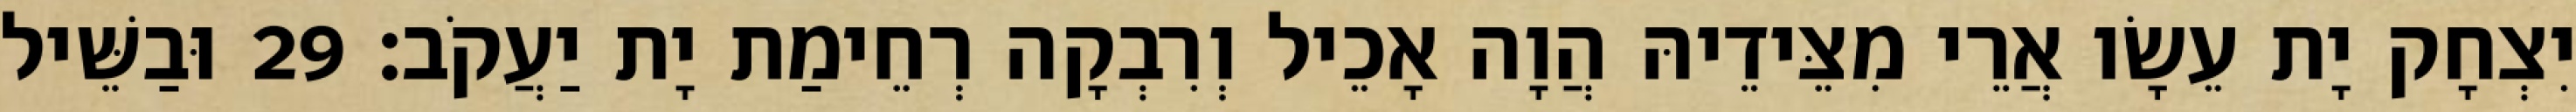
יִצְחָק יָת עֵשָׂו אֲרֵי מִצֵּידֵיהּ הֲוָה אָכֵיל וְרִבְקָה רְחֵימַת יָת יַעֲקֹב׃ 29 וּבַשֵּׁיל